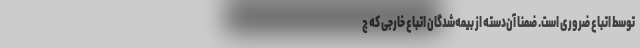
توسط اتباع ضروری است. ضمنا آن‌دسته از بیمه‌شدگان اتباع خارجی که ج